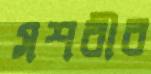
সশরীর